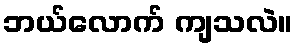
ဘယ်လောက် ကျသလဲ။